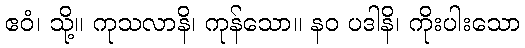
ဧဝံ၊ သို့။ ကုသလာနိ၊ ကုန်သော။ နဝ ပဒါနိ၊ ကိုးပါးသော